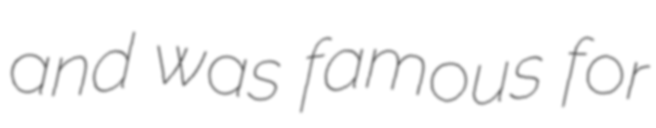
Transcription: and was famous for